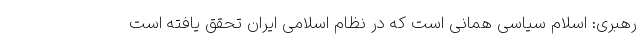
رهبری: اسلام سیاسی همانی است که در نظام اسلامی ایران تحقق یافته است